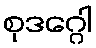
စုဒဂ္ဂေါ